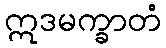
ဣဒမက္ခာတံ